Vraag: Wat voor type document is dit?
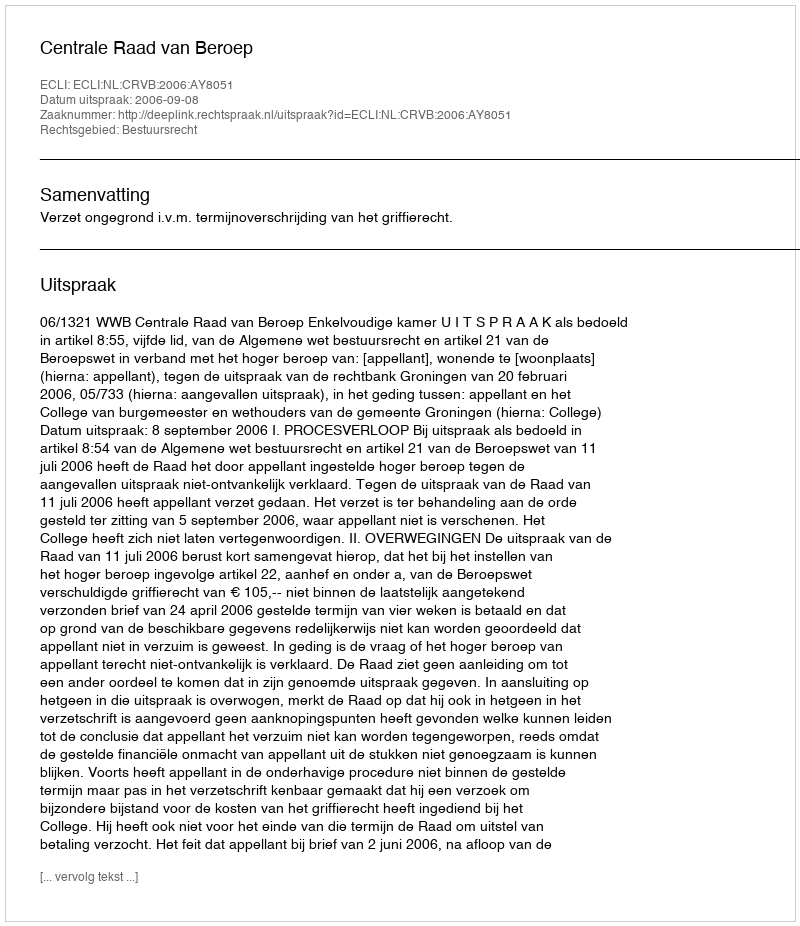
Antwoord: Uitspraak